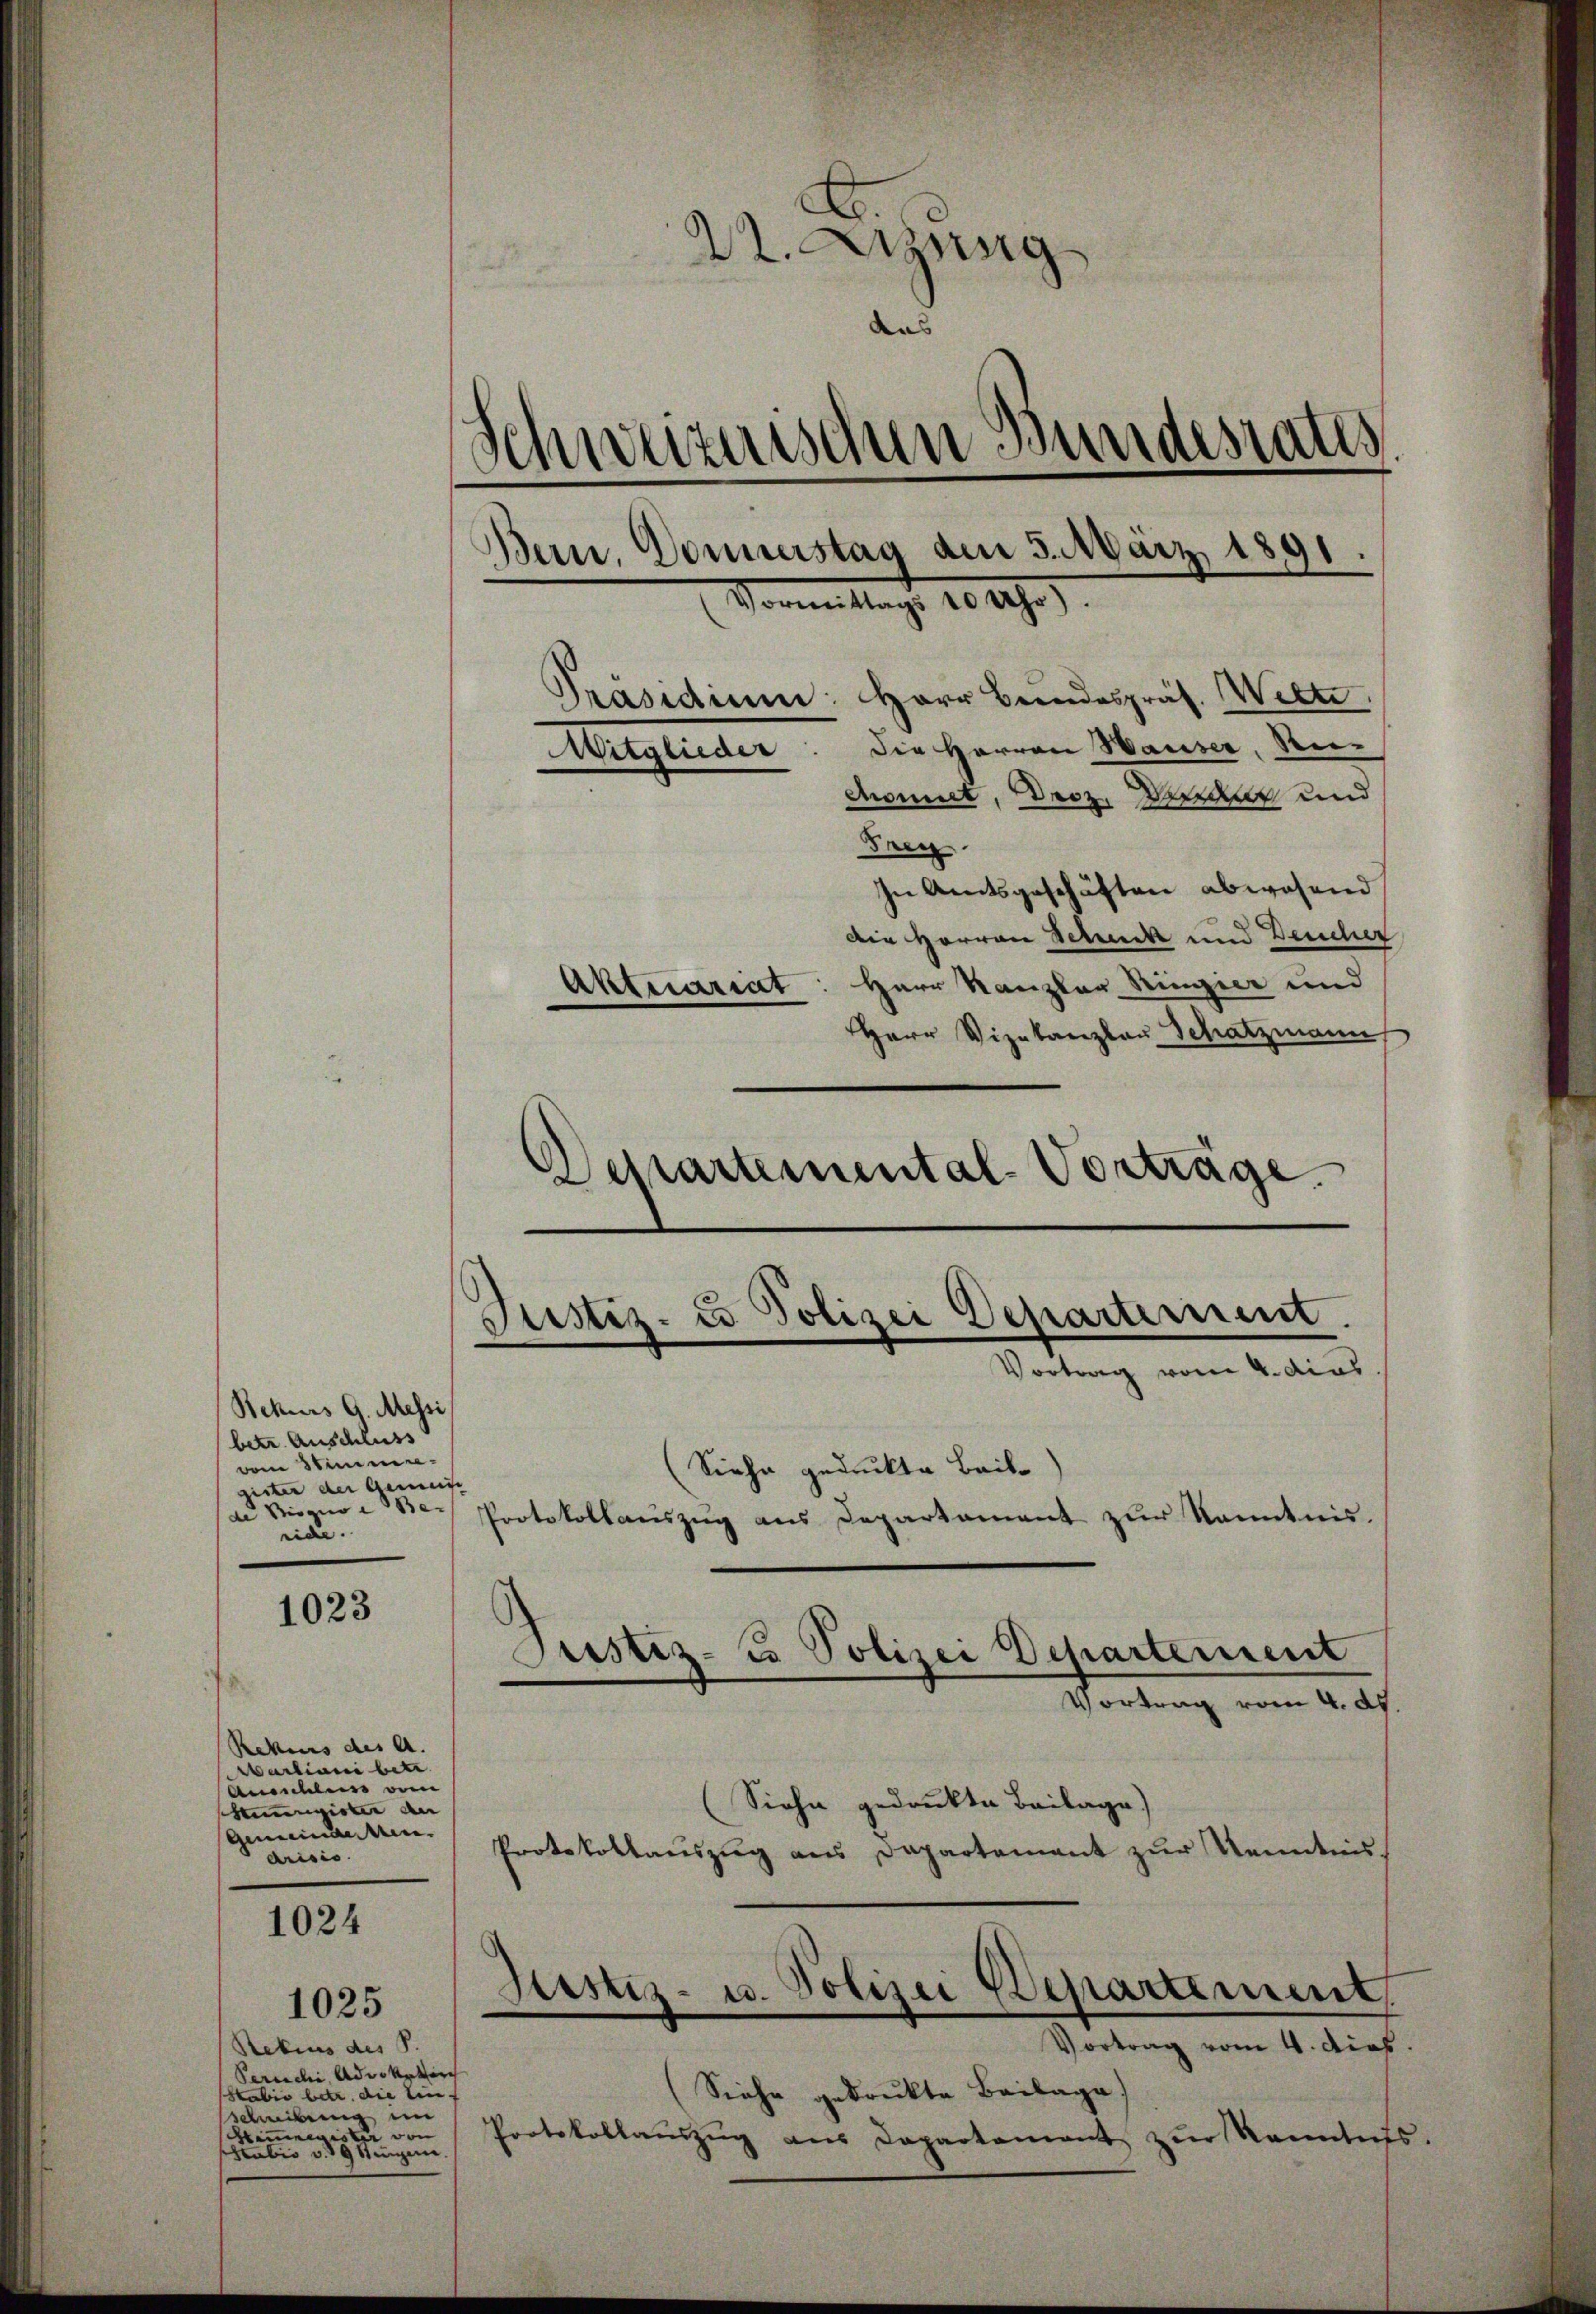
Rekurs G. Messi
betr. Anschluss
ve Stimmre
gister der Gemeist
de Biogiae Be- |
n.

1023

Rekurs des A.
Martiani betr.
Aneschluss vom
Annngione an
Gemeindeten.
arisis.

1024

Rebius des S.
Percchi, Advokaturch
Stabis betr. die Ein-
sschreibung im
Himmer zu von
shabe eingen.

1025

22. Ang
aas
h
inwurzens den Bundesrates
Bein. Donnerstag am 3. März 1891
Vormittags 10 Uhr).
Präsidium: Herr Bundespräs. Wette
Witglieder: Die Herren Hauser, Rei-
damit, Droz. Deren und
Frey
In Amtsgeschäften abwesend
Die Herren Schuck und Deucher
Aktuariat: Herr Kanzler Ringier und
Herr Vizekanzlau Schatzmann,

Departemental-Vorträge.

Justiz- u. Polizei Departement.
Vortrag vom 4. dies

Siehe gedruckte Brik¬
Protokollauszug aus Departament zur Kenntnis.
Justiz- u. Polizei Departement
Vortrag vom 4. ds
Siehe gedrukte Beilage)
Protokollaŭszŭg ans Departement zŭr Kenntnis,
Justiz- u. Polizei Departement
Vortrag vom 4. dies
(Siehe gedruckte Beilage)
Protokollaŭszŭg ans Departament zŭr Kenntnis.